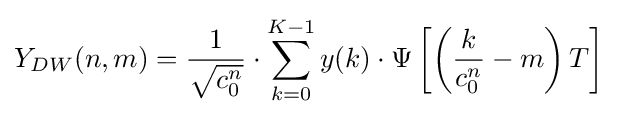
Y_{DW}(n,m)={\frac {1}{\sqrt {c_{0}^{n}}}}\cdot \sum _{k=0}^{K-1}y(k)\cdot \Psi \left[\left({\frac {k}{c_{0}^{n}}}-m\right)T\right]